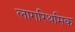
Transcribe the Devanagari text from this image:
लागरिथमिक